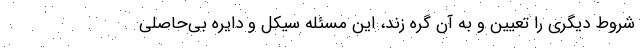
شروط دیگری را تعیین و به آن گره زند، این مسئله سیکل و دایره بی‌حاصلی